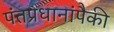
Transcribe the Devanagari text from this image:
पंतप्रधानांपैकी